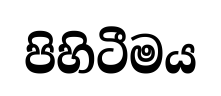
පිහිටීමය